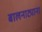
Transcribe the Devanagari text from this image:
बालनाट्याना